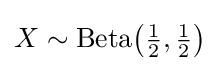
X\sim {\rm {Beta}}{\bigl (}{\tfrac {1}{2}},{\tfrac {1}{2}}{\bigr )}